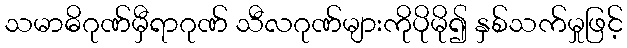
သမာဓိဂုဏ်မှီရာဂုဏ် သီလဂုဏ်များကိုပိုမို၍ နှစ်သက်မှုဖြင့်